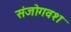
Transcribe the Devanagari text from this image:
संजोगवश